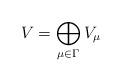
LaTeX: \begin{align*}V=\bigoplus_{\mu \in \Gamma} V_{\mu}\end{align*}